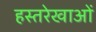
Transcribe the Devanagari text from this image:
हस्तरेखाओं